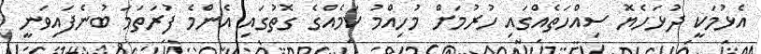
އެޅުމަކީ ދުޅަހެޔޮ ސިއްހަތެއްގައި ހުރުމަށް މުހިއްމު ކަމެއްގެ ގޮތުގައި އެންމެ ފުރަތަމަ ބުނެފައިވަނީ